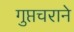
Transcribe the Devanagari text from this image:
गुप्तचराने